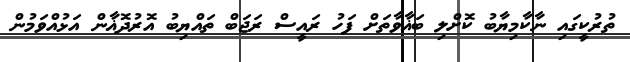
ތުރުކީގައި ނާކާމިޔާބު ކޮށްލި ބަޣާވާތަށް ފަހު ރައީސް ރަޖަބް ތައްޔިބު އޮރުދޮޣާން އަޅުއްވަމުން